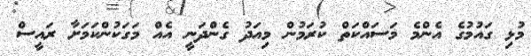
މުޅި ގައުމުގެ އެންމެ މަސައްކަތް ކުރަމުން މިއަދު ގެންދަނީ އެއް މަގަކުންކަމަށާ ރައީސް